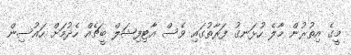
މީގެ އިތުރުން މާލެ ހުޅަނގު ފަރާތުގައި ވެސް އާޓިފިޝަލް ބީޗެއް ހެދުމަށް ހައުސިން